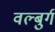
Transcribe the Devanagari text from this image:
वल्बुर्ग